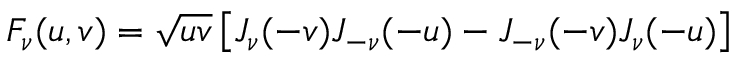
F _ { \nu } ( u , v ) = \sqrt { u v } \left[ J _ { \nu } ( - v ) J _ { - \nu } ( - u ) - J _ { - \nu } ( - v ) J _ { \nu } ( - u ) \right]